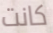
كانت